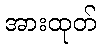
အားထုတ်